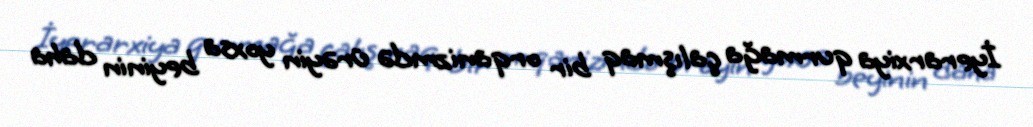
İyerarxiya qurmağa çalışmaq bir orqanizmdə ürəyin yoxsa beyinin daha